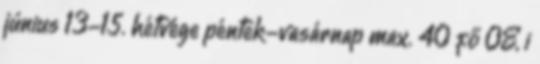
június 13-15. hétvége péntek-vasárnap max. 40 fő ÓE, i